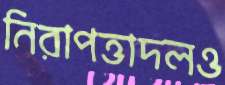
নিরাপত্তাদলও